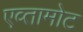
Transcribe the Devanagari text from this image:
एव्तामोट